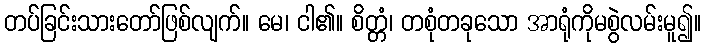
တပ်ခြင်းသားတော်ဖြစ်လျက်။ မေ၊ ငါ၏။ စိတ္တံ၊ တစုံတခုသော အာရုံကိုမစွဲလမ်းမူ၍။